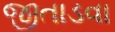
જીતાડવા